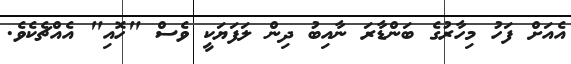
އެއަށް ފަހު މިހާރުގެ ބަންޑާރަ ނާއިބު ދިން ލަފަޔަކީ ވެސް "ހޮއި" އެއްޗެކެވެ.